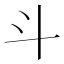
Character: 斗